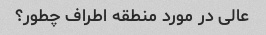
عالی در مورد منطقه اطراف چطور؟